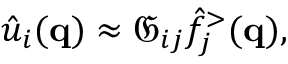
\hat { u } _ { i } ( \mathbf { q } ) \approx \mathfrak { G } _ { i j } \hat { f } _ { j } ^ { > } ( \mathbf { q } ) ,